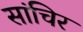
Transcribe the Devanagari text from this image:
सांचिर